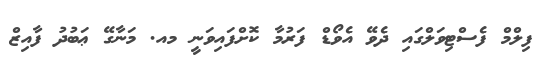
ފިލްމް ފެސްޓިވަލްގައި ދެވޭ އެވޯޑް ފަރުމާ ކޮށްފައިވަނީ މއ. މަނާގޭ ޢަބުދު ފާއިޒް